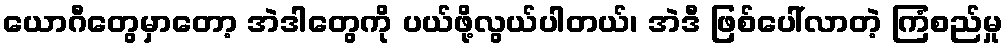
ယောဂီတွေမှာတော့ အဲဒါတွေကို ပယ်ဖို့လွယ်ပါတယ်၊ အဲဒီ ဖြစ်ပေါ်လာတဲ့ ကြံစည်မှု